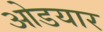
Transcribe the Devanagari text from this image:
ओडयार